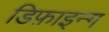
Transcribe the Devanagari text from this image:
डिफ़ाइन्ग